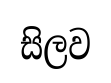
සිලව